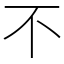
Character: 不